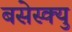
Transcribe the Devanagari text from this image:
बसेस्क्यु